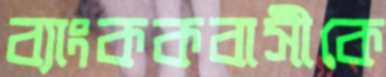
ব্যাংককবাসীকে